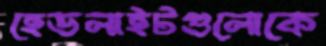
হেডলাইটগুলোকে